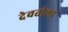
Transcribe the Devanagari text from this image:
देवतोला